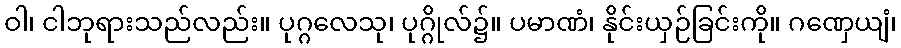
ဝါ၊ ငါဘုရားသည်လည်း။ ပုဂ္ဂလေသု၊ ပုဂ္ဂိုလ်၌။ ပမာဏံ၊ နိုင်းယှဉ်ခြင်းကို။ ဂဏှေယျံ၊